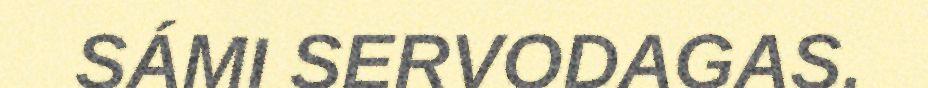
SÁMI SERVODAGAS.